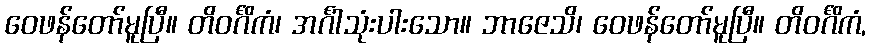
ဝေဖန်တော်မူပြီ။ တိဝင်္ဂိကံ၊ အင်္ဂါသုံးပါးသော။ ဘာဇေသိ၊ ဝေဖန်တော်မူပြီ။ တိဝင်္ဂိကံ,